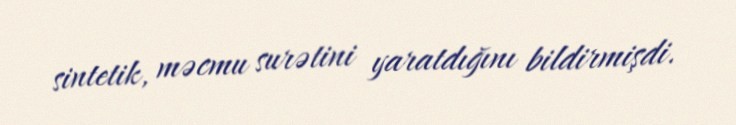
sintetik, məcmu surətini yaratdığını bildirmişdi.